Vaccination North-Western Provinces 1866-1877 - 1866-1877
Year: 1866
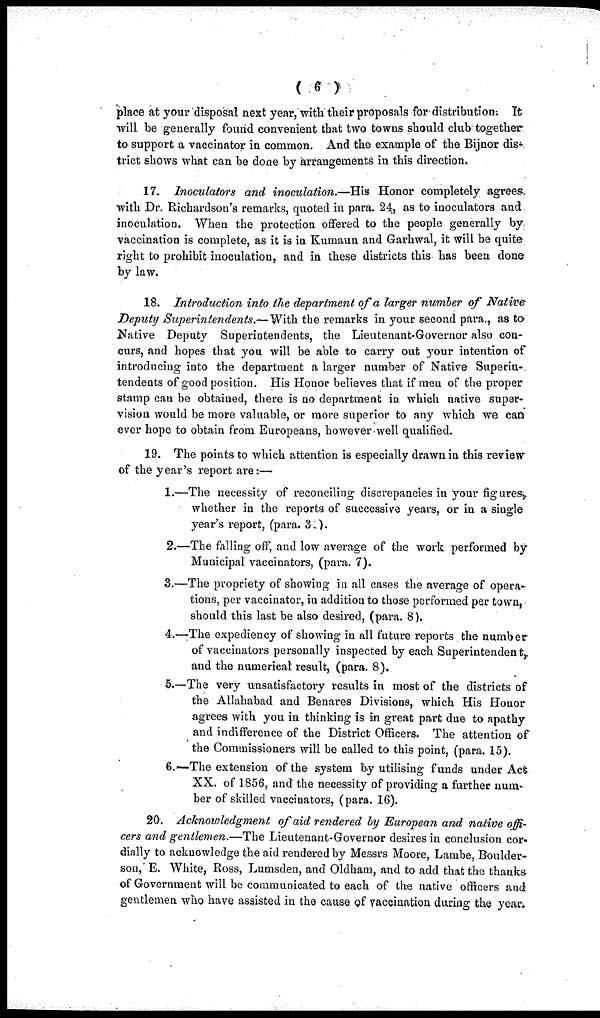
( 6 )
place at your disposal next year, with their proposals for distribution. It
will be generally found convenient that two towns should club together
to support a vaccinator in common. And the example of the Bijnor dis-
trict shows what can be done by arrangements in this direction.
17. Inoculators and inoculation.—His Honor completely agrees
with Dr. Richardson's remarks, quoted in para. 24, as to inoculators and
inoculation. When the protection offered to the people generally by
vaccination is complete, as it is in Kumaun and Garhwal, it will be quite
right to prohibit inoculation, and in these districts this has been done
by law.
18. Introduction into the department of a larger number of Native
Deputy Superintendents.—With the remarks in your second para., as to
Native Deputy Superintendents, the Lieutenant-Governor also con-
curs, and hopes that you will be able to carry out your intention of
introducing into the department a larger number of Native Superin-
tendents of good position. His Honor believes that if men of the proper
stamp can be obtained, there is no department in which native super-
vision would be more valuable, or more superior to any which we can
ever hope to obtain from Europeans, however well qualified.
19. The points to which attention is especially drawn in this review
of the year's report are:—
1.—The necessity of reconciling discrepancies in your figures,
whether in the reports of successive years, or in a single
year's report, (para. 3 ).
2.—The falling off, and low average of the work performed by
Municipal vaccinators, (para. 7).
3.—The propriety of showing in all cases the average of opera-
tions, per vaccinator, in addition to those performed per town,
should this last be also desired, (para. 8).
4.—The expediency of showing in all future reports the number
of vaccinators personally inspected by each Superintendent,
and the numerical result, (para. 8).
5.—The very unsatisfactory results in most of the districts of
the Allahabad and Benares Divisions, which His Honor
agrees with you in thinking is in great part due to apathy
and indifference of the District Officers. The attention of
the Commissioners will be called to this point, (para. 15).
6.— The extension of the system by utilising funds under Act
XX. of 1856, and the necessity of providing a further num-
ber of skilled vaccinators, (para. 16).
20. Acknowledgment of aid rendered by European and native offi-
cers and gentlemen.—The Lieutenant-Governor desires in conclusion cor-
dially to acknowledge the aid rendered by Messrs Moore, Lambe, Boulder-
son, E. White, Ross, Lumsden, and Oldham, and to add that the thanks
of Government will be communicated to each of the native officers and
gentlemen who have assisted in the cause of vaccination during the year;